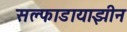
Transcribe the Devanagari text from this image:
सल्फाडायाझीन